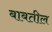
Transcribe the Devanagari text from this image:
बाबतील